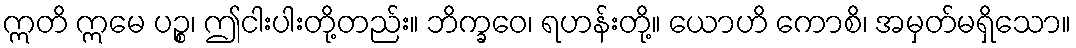
ဣတိ ဣမေ ပဉ္စ၊ ဤငါးပါးတို့တည်း။ ဘိက္ခဝေ၊ ရဟန်းတို့။ ယောဟိ ကောစိ၊ အမှတ်မရှိသော။